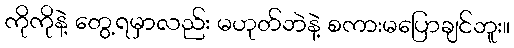
ကိုကိုနဲ့ တွေ့ရမှာလည်း မဟုတ်ဘဲနဲ့ စကားမပြောချင်ဘူး။